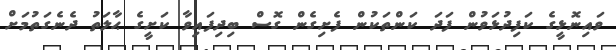
ވައިނޮޅީގެ ކަފިދުޅަވުން ފަދަ ކަންތަކުން ފެށިގެން ގޮސް ބިދިފައިވާ ކަށީގެ ޙާލަތު ދެނެގަތުމަށް